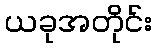
ယခုအတိုင်း